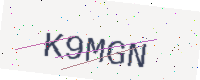
Text: K9MGN